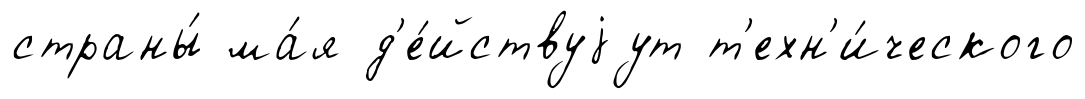
страны́ ма́я д'е́йствуjут т'ехн'и́ческого